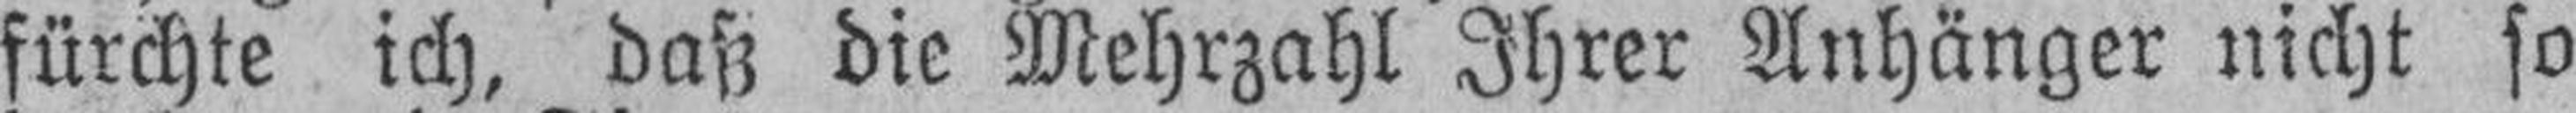
fürchte ich, daß die Mehrzahl Ihrer Anhänger nicht so